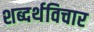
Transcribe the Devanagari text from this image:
शब्दर्थविचार